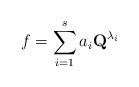
LaTeX: \begin{align*}f=\sum_{i=1}^s a_i\textbf{Q}^{\lambda_i}\end{align*}